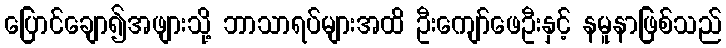
ပြောင်ချော၍အဖျားသို့ ဘာသာရပ်များအထိ ဦးကျော်ဖေဦးနှင့် နမူနာဖြစ်သည်